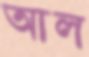
আল